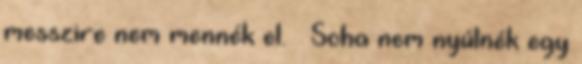
messzire nem mennék el. – Soha nem nyúlnék egy